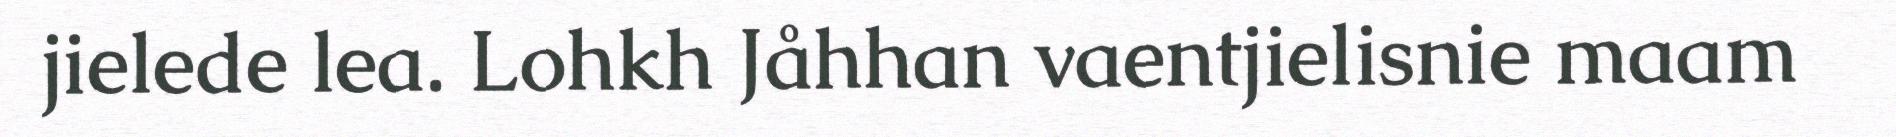
jielede lea. Lohkh Jåhhan vaentjielisnie maam